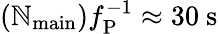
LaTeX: (\mathbb{N}_{\mathrm{{main}}})f_{\mathrm{{P}}}^{-1}\approx30~\mathrm{{s}}